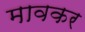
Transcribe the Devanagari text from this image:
मावकर